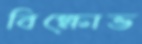
বিক্ষোভ